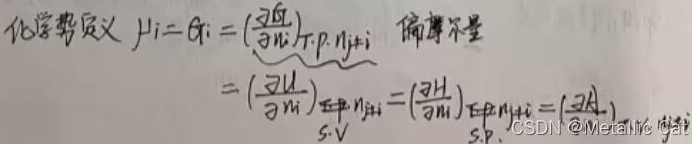
化学势定义：
\[\mu _{i}=G_{i}=\left(\frac{\partial G}{\partial n_{i}}\right)_{T,p,n_{j\neq i}}\]
偏摩尔量：
\[\left(\frac{\partial U}{\partial n_{i}}\right)_{S,V,n_{j\neq i}}=\left(\frac{\partial H}{\partial n_{i}}\right)_{S,p,n_{j\neq i}}=\left(\frac{\partial A}{\partial n_{i}}\right)_{T,V,n_{j\neq i}}\]